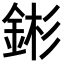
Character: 𬫕